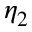
\eta _ { 2 }